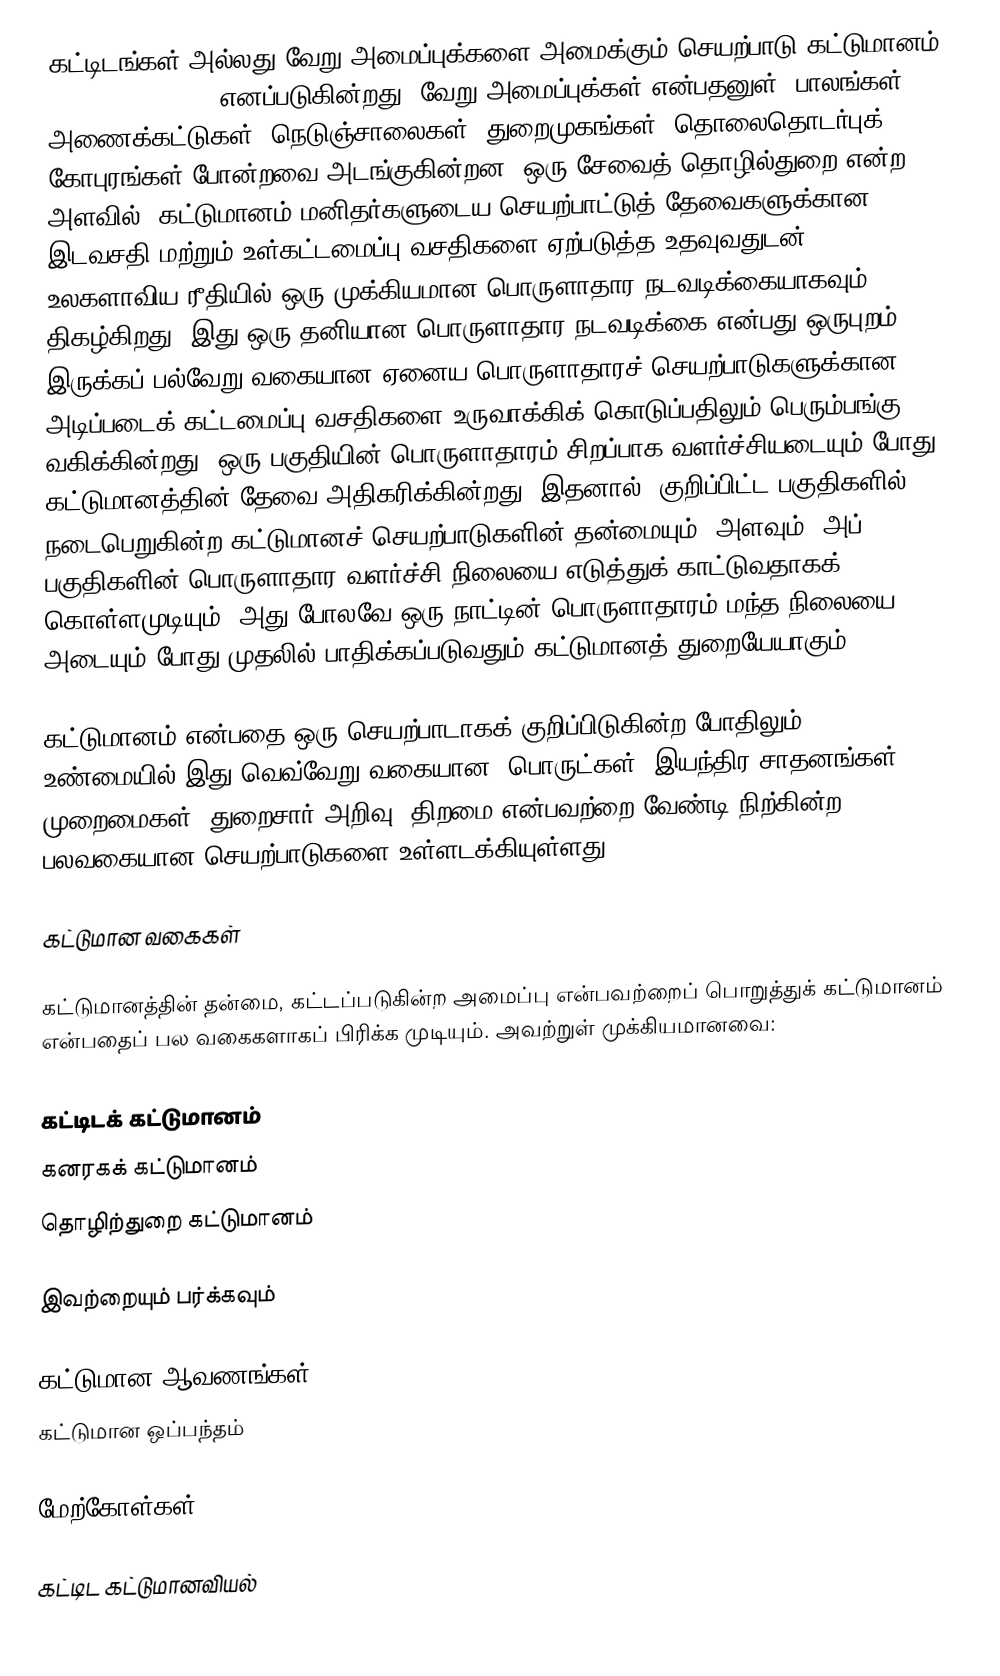
கட்டிடங்கள் அல்லது வேறு அமைப்புக்களை அமைக்கும் செயற்பாடு கட்டுமானம் () (Construction) எனப்படுகின்றது. வேறு அமைப்புக்கள் என்பதனுள், பாலங்கள், அணைக்கட்டுகள், நெடுஞ்சாலைகள், துறைமுகங்கள், தொலைதொடர்புக் கோபுரங்கள் போன்றவை அடங்குகின்றன. ஒரு சேவைத் தொழில்துறை என்ற அளவில், கட்டுமானம் மனிதர்களுடைய செயற்பாட்டுத் தேவைகளுக்கான இடவசதி மற்றும் உள்கட்டமைப்பு வசதிகளை ஏற்படுத்த உதவுவதுடன், உலகளாவிய ரீதியில் ஒரு முக்கியமான பொருளாதார நடவடிக்கையாகவும் திகழ்கிறது. இது ஒரு தனியான பொருளாதார நடவடிக்கை என்பது ஒருபுறம் இருக்கப் பல்வேறு வகையான ஏனைய பொருளாதாரச் செயற்பாடுகளுக்கான அடிப்படைக் கட்டமைப்பு வசதிகளை உருவாக்கிக் கொடுப்பதிலும் பெரும்பங்கு வகிக்கின்றது. ஒரு பகுதியின் பொருளாதாரம் சிறப்பாக வளர்ச்சியடையும் போது, கட்டுமானத்தின் தேவை அதிகரிக்கின்றது. இதனால், குறிப்பிட்ட பகுதிகளில் நடைபெறுகின்ற கட்டுமானச் செயற்பாடுகளின் தன்மையும், அளவும், அப் பகுதிகளின் பொருளாதார வளர்ச்சி நிலையை எடுத்துக் காட்டுவதாகக் கொள்ளமுடியும். அது போலவே ஒரு நாட்டின் பொருளாதாரம் மந்த நிலையை அடையும் போது முதலில் பாதிக்கப்படுவதும் கட்டுமானத் துறையேயாகும்.

கட்டுமானம் என்பதை ஒரு செயற்பாடாகக் குறிப்பிடுகின்ற போதிலும், உண்மையில் இது வெவ்வேறு வகையான, பொருட்கள், இயந்திர சாதனங்கள், முறைமைகள், துறைசார் அறிவு, திறமை என்பவற்றை வேண்டி நிற்கின்ற பலவகையான செயற்பாடுகளை உள்ளடக்கியுள்ளது.

கட்டுமான வகைகள்

கட்டுமானத்தின் தன்மை, கட்டப்படுகின்ற அமைப்பு என்பவற்றைப் பொறுத்துக் கட்டுமானம் என்பதைப் பல வகைகளாகப் பிரிக்க முடியும். அவற்றுள் முக்கியமானவை:

 கட்டிடக் கட்டுமானம்
 கனரகக் கட்டுமானம்
 தொழிற்துறை கட்டுமானம்

இவற்றையும் பர்க்கவும்

 கட்டுமான ஆவணங்கள்
 கட்டுமான ஒப்பந்தம்

மேற்கோள்கள்

கட்டிட கட்டுமானவியல்